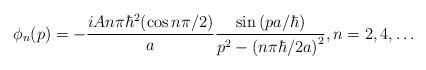
\begin{align*}\phi_{n}(p)=-\frac{iAn\pi\hbar^{2}(\cos n\pi/2)}{a}\frac{\sin\left(pa/\hbar\right) }{p^{2}-\left( n\pi\hbar/2a\right) ^{2}},\text{}n=2,4,\ldots\end{align*}